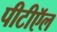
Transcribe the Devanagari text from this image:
पीटीऍल